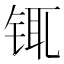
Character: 𰽿